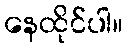
နေထိုင်ပါ။